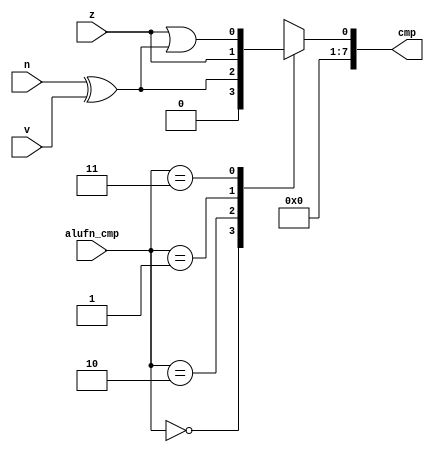
/*
   This file was generated automatically by the Mojo IDE version B1.3.6.
   Do not edit this file directly. Instead edit the original Lucid source.
   This is a temporary file and any changes made to it will be destroyed.
*/

module compare_19 (
    input [1:0] alufn_cmp,
    input z,
    input v,
    input n,
    output reg [7:0] cmp
  );
  
  
  
  always @* begin
    cmp[1+6-:7] = 8'h00;
    
    case (alufn_cmp)
      2'h0: begin
        cmp[0+0-:1] = 1'h0;
      end
      2'h2: begin
        cmp[0+0-:1] = n ^ v;
      end
      2'h1: begin
        cmp[0+0-:1] = z;
      end
      2'h3: begin
        cmp[0+0-:1] = z | (n ^ v);
      end
      default: begin
        cmp[0+0-:1] = 1'h0;
      end
    endcase
  end
endmodule